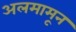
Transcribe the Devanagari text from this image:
अलमामून